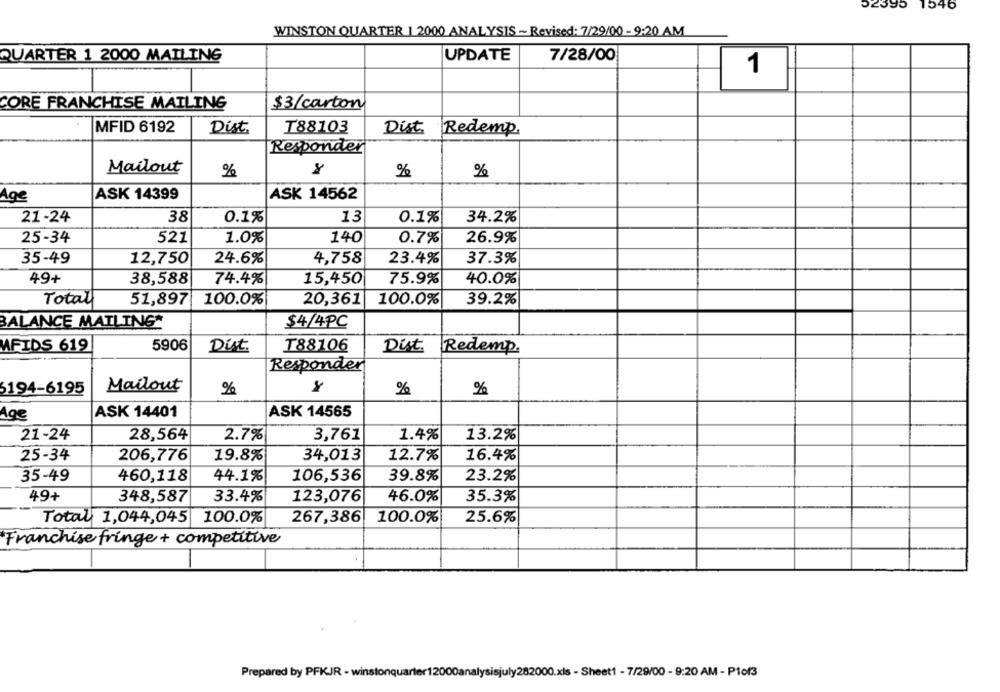
52395 1546
WINSTON QUARTER 1 2000 ANALYSIS ~ Revised: 7/29/00 - 9:20 AM
UPDATE
QUARTER 1 2000 MAILING
7/28/00
1
$3/carton
CORE FRANCHISE MAILING
MFID 6192
Dist.
T88103
Dist
Redemp.
Responder
Mailout
%
%
%
Age
ASK 14399
ASK 14562
21-24
38
0.1%
13
0.1%
34.2%
25-34
521
1.0%
140
0.7%
26.9%
35-49
12,750
24.6%
4,758
23.4%
37.3%
49+
38,588
74.4%
15,450
75.9%
40.0%
Total
51,897
100.0%
20,361
100.0%
39.2%
BALANCE MATLING*
$4/4PC
5906
MFIDS 619
Dist.
T88106
Dist.
Redemp.
Responder
Mailout
6194-6195
%
%
%
ASK 14401
ASK 14565
Age
21-24
28,564
3,761
1.4%
2.7%
13.2%
25-34
206,776
19.8%
34,013
12.7%
16.4%
35-49
460,118
44.1%
106,536
39.8%
23.2%
49+
348,587
46.0%
35.3%
33.4%
123,076
267,386
100.0%
25.6%
Total 1,044,045 100.0%
Franchise fringe+ competitive
Prepared by PFKJR - winstonquarter1200
y282000.xls - Sheet1 - 7/29/00 - 9:20 AM - Pfof3